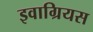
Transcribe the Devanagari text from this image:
इवाग्रियस